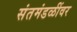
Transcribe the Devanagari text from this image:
संतमंडळींवर